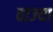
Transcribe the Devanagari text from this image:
वाज्या